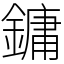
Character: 鏞